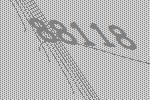
88118